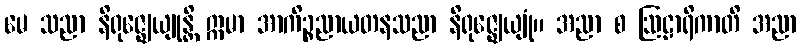
မေ သညာ နိရုဇ္ဈေယျုန္တိ ဣမာ အာကိဉ္စညာယတနသညာ နိရုဇ္ဈေယျုံ။ အညာ စ ဩဠာရိကာတိ အညာ